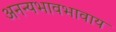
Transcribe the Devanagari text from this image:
अनन्यभावभावाय